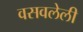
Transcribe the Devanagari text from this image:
वसवलेली